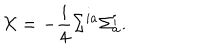
{ \cal X } = - \frac { i } { 4 } \Sigma ^ { i a } \Sigma _ { a } ^ { i } .